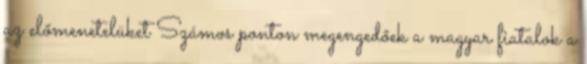
az előmenetelüket Számos ponton megengedőek a magyar fiatalok a